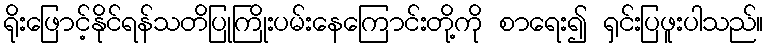
ရိုးဖြောင့်နိုင်ရန်သတိပြုကြိုးပမ်းနေကြောင်းတို့ကို စာရေး၍ ရှင်းပြဖူးပါသည်။